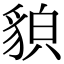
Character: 𧳖